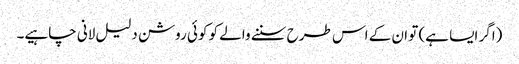
(اگر ایسا ہے) تو ان کے اس طرح سننے والے کو کوئی روشن دلیل لانی چاہیے۔